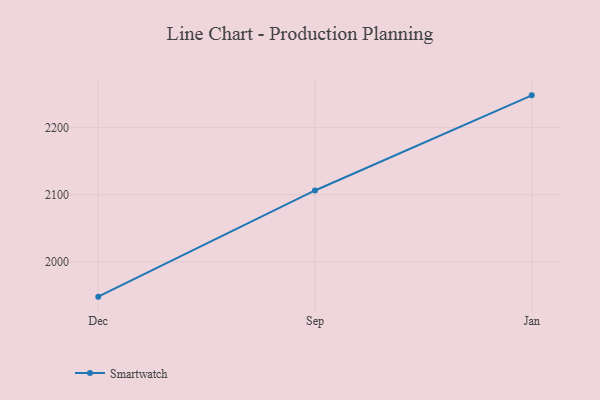
{"axis": {"x": "Month", "y": "Production Output"}, "legend": ["Smartwatch"], "data": [{"x": "Dec", "y": 1948.0, "type": "Smartwatch"}, {"x": "Sep", "y": 2106.4, "type": "Smartwatch"}, {"x": "Jan", "y": 2248.3, "type": "Smartwatch"}]}